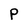
Character: p